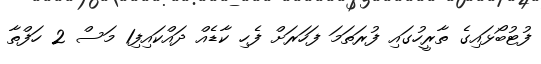
ފުޓުބޯޅައިގެ ތާރީހުގައި ފުރަތަމަ ފަހަރަށް ފެހި ކާޑެއް ދައްކައިފި1 މަސް 2 ހަފްތާ